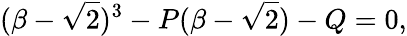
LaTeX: (\beta-\sqrt{2})^{3}-P(\beta-\sqrt{2})-Q=0,